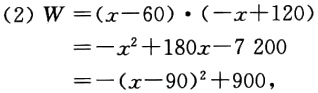
\[
\begin{align*}
(2)W&=(x - 60)\cdot(-x + 120)\\
&=-x^{2}+180x - 7200\\
&=-(x - 90)^{2}+900,
\end{align*}
\]